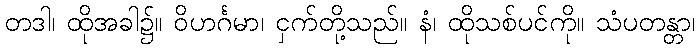
တဒါ၊ ထိုအခါ၌။ ဝိဟင်္ဂမာ၊ ငှက်တို့သည်။ နံ၊ ထိုသစ်ပင်ကို။ သံပတန္တာ၊